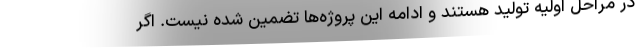
در مراحل اولیه تولید هستند و ادامه این پروژه‌ها تضمین شده نیست. اگر